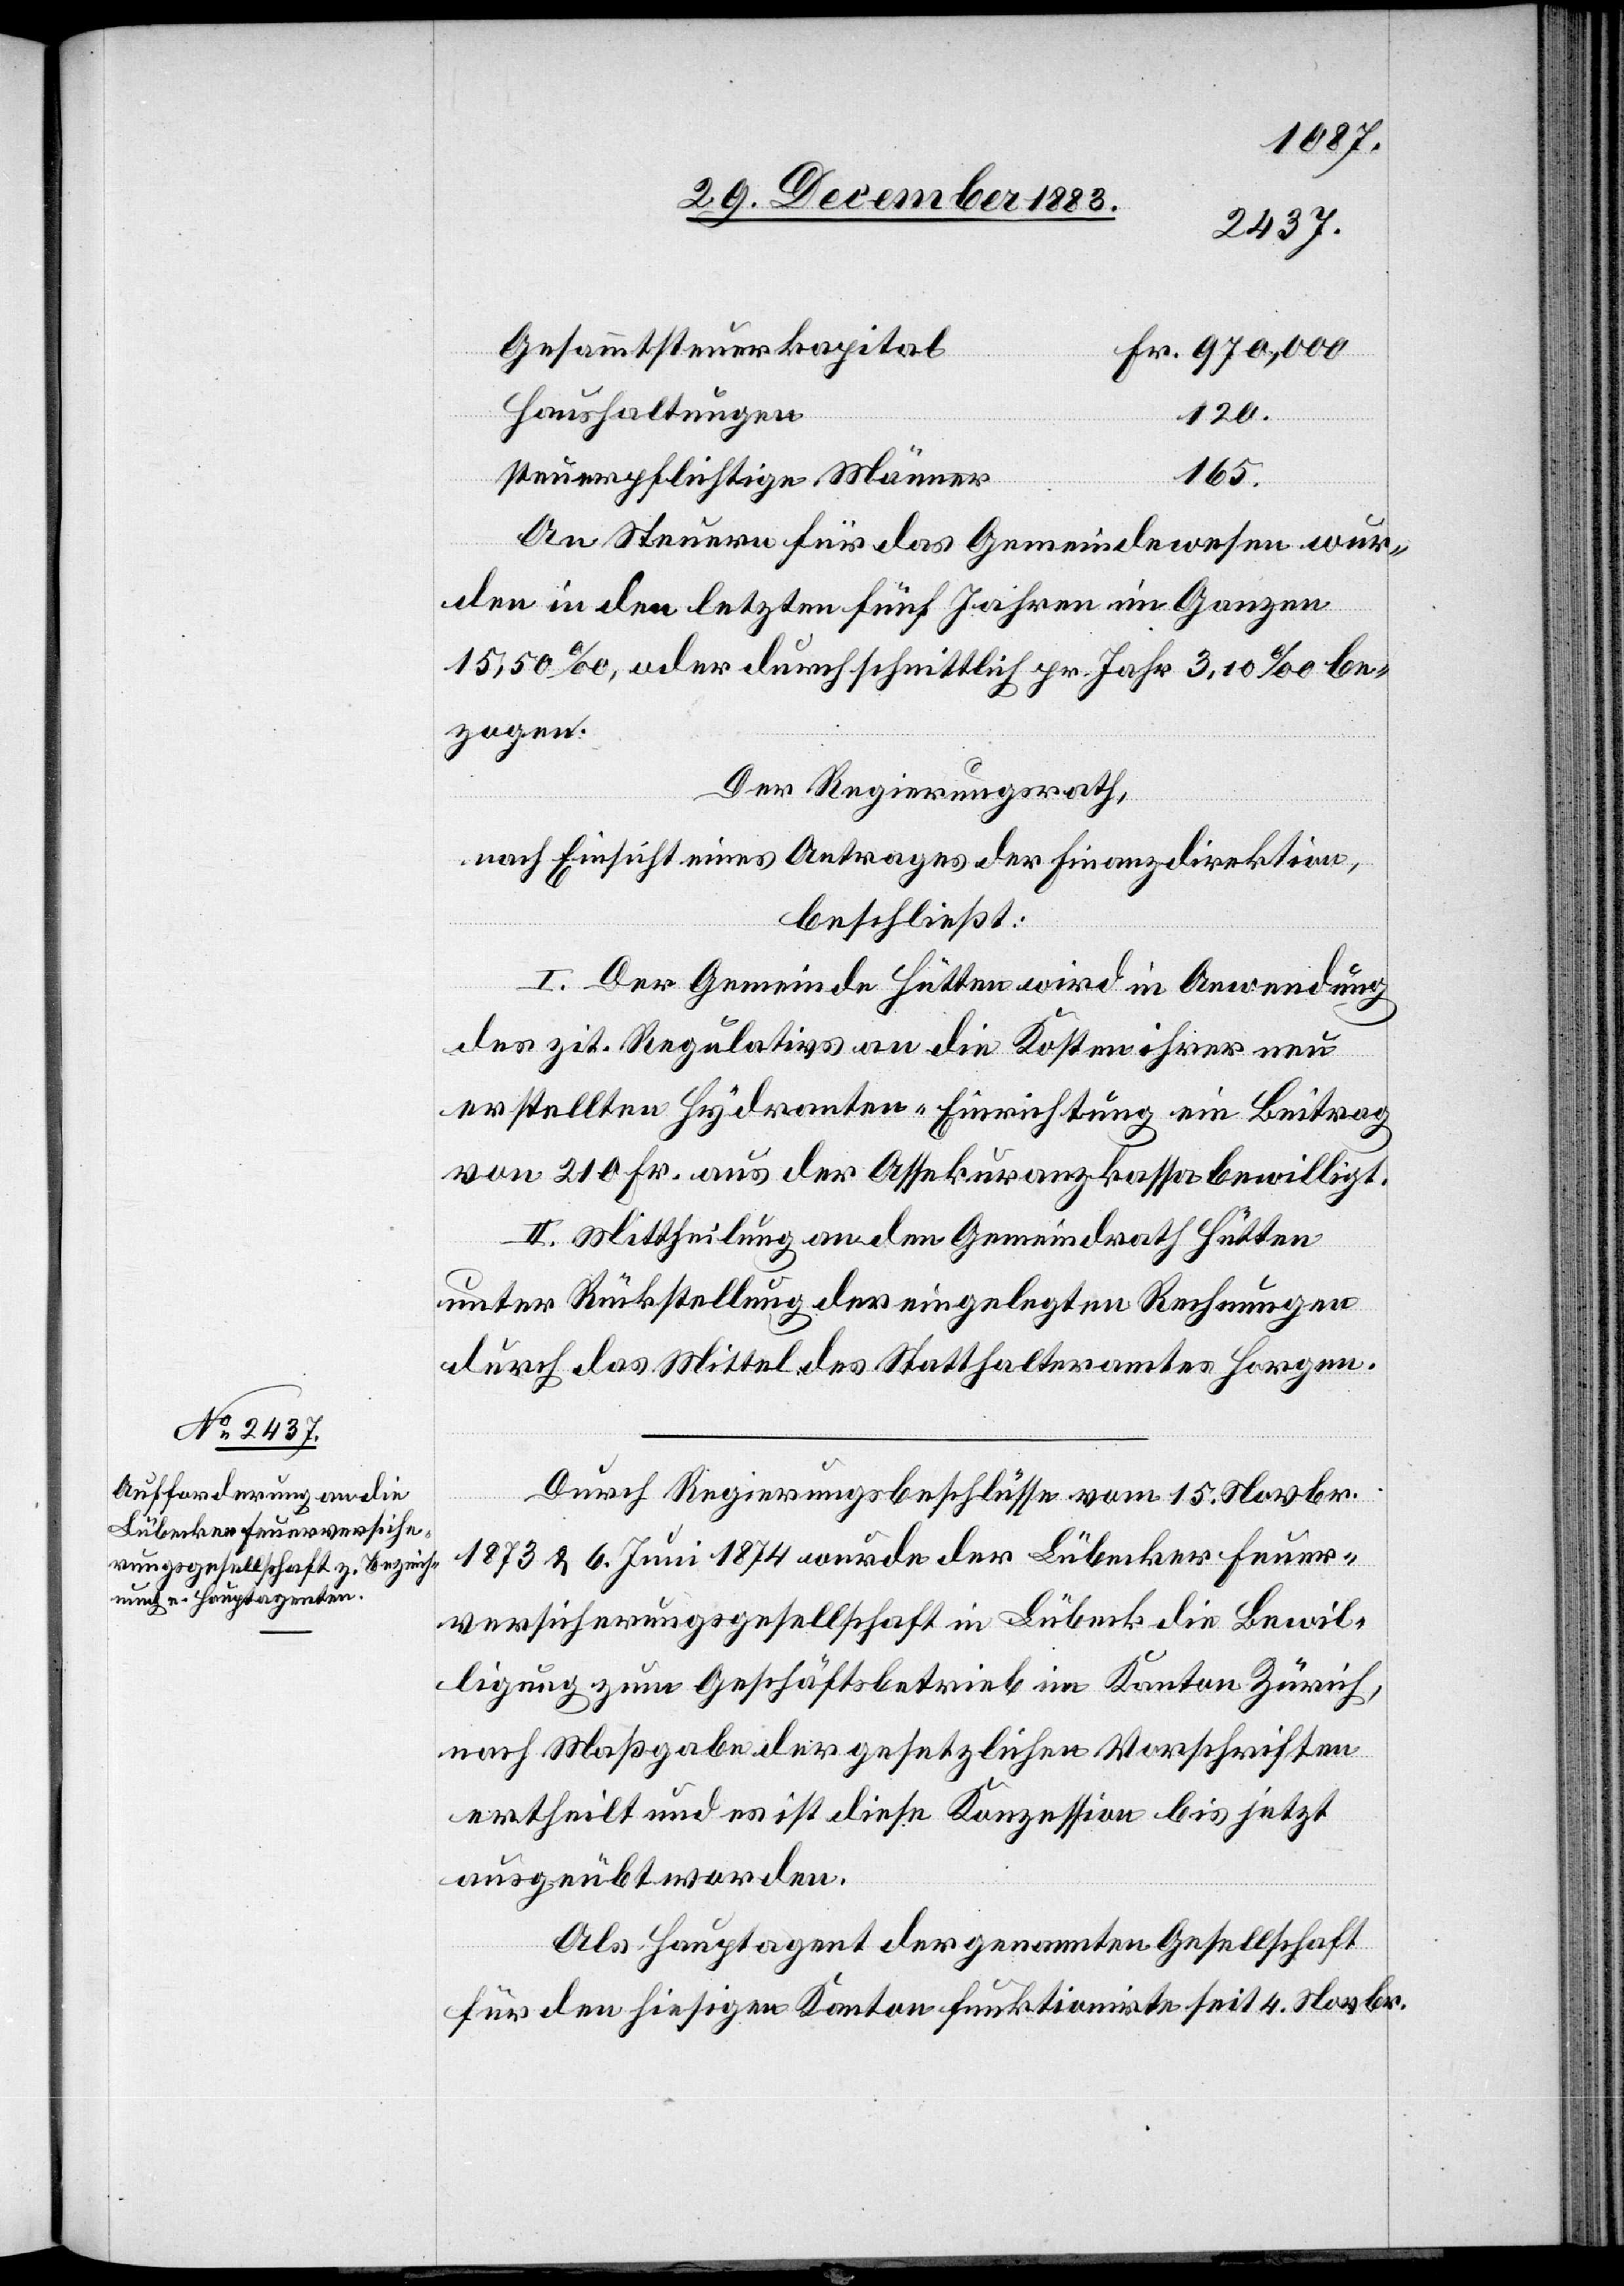
31. December 1883.]
Gesammtsteuerkapital
Haushaltungen
120.
165.
steuerpflichtige Männer
An Steuern für das Gemeindewesen wur¬
den in den letzten fünf Jahren im Ganzen
15,50‰, oder durchschnittlich pr. Jahr 3,10‰ be¬
zogen.
Der Regierungsrath,
nach Einsicht eines Antrages der Finanzdirektion,
beschließt:
I. Der Gemeinde Hütten wird in Anwendung
des zit. Regulativs an die Kosten ihrer neu
erstellten Hydranten-Einrichtung ein Beitrag
von 210 Fr. aus der Assekuranzkassa bewilligt.
II. Mittheilung an den Gemeindrath Hütten
unter Rückstellung der eingelegten Rechnungen
durch das Mittel des Statthalteramtes Horgen.
Durch Regierungsbeschlüsse vom 15. Novbr.
1873 & 6. Juni 1874 wurde der Lübecker Feuer¬
versicherungsgesellschaft in Lübeck die Bewil¬
ligung zum Geschäftsbetrieb im Kanton Zürich,
nach Maßgabe der gesetzlichen Vorschriften
ertheilt und es ist diese Konzession bis jetzt
ausgeübt worden.
Als Hauptagent der genannten Gesellschaft
für den hiesigen Kanton funktionirte seit 4. Novbr.